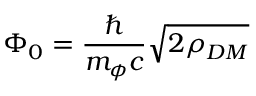
\Phi _ { 0 } = \frac { \hbar } { m _ { \phi } c } \sqrt { 2 \rho _ { D M } }